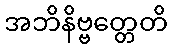
အဘိနိဗ္ဗတ္တေတိ